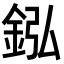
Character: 𨥺